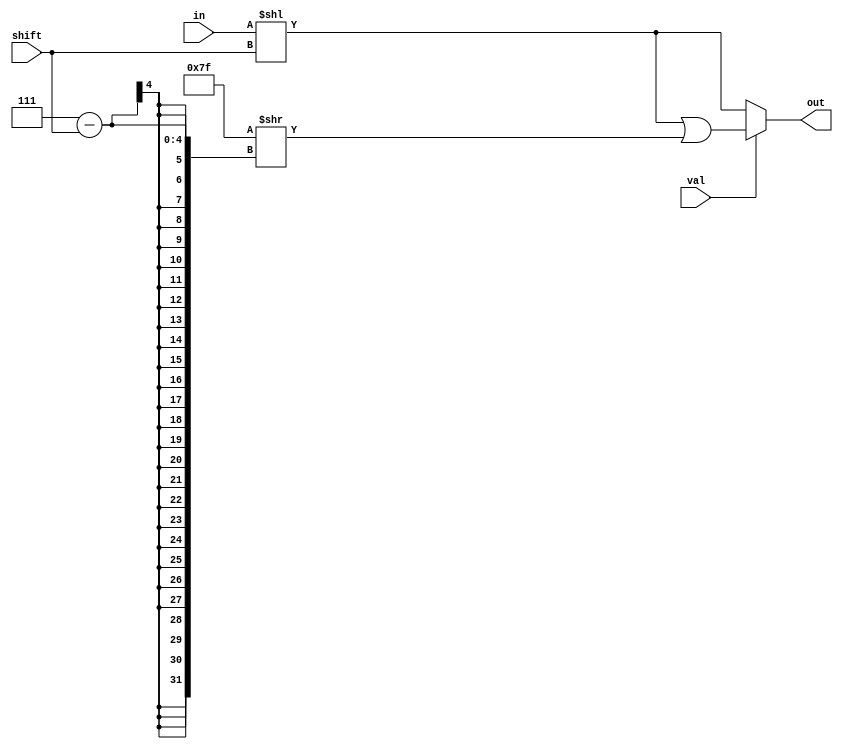
module LSHIFT8 #(parameter SIZE = 8)(input [SIZE-1:0] in, 
    input [3:0] shift, input val, output reg [SIZE-1:0] out);
always @(in or shift or val) begin
    out = in << shift;
	if(val)
	    out = out | ({SIZE-1 {1'b1} } >> (SIZE-1-shift));
end	
endmodule